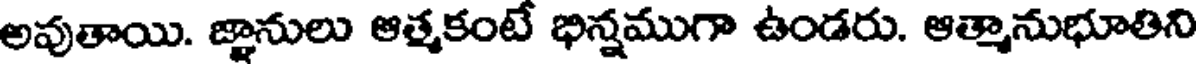
అవుతాయి. జ్ఞానులు ఆత్మకంటే భిన్నముగా ఉండరు. ఆత్మానుభూతిని